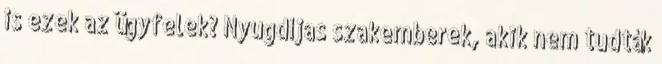
is ezek az ügyfelek? Nyugdíjas szakemberek, akik nem tudták